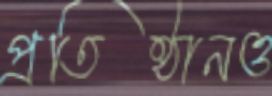
প্রতিষ্ঠানও